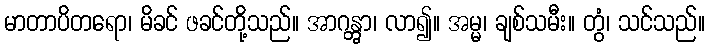
မာတာပိတရော၊ မိခင် ဖခင်တို့သည်။ အာဂန္တွာ၊ လာ၍။ အမ္မ၊ ချစ်သမီး။ တွံ၊ သင်သည်။